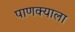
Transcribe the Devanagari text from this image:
पाणक्याला